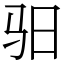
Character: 驲